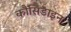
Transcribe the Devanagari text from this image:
कौंसिडाइन